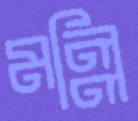
মল্লি